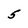
Character: 5